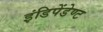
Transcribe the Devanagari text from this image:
इंडिपेंडेण्ट